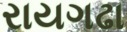
રાયગઢા